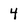
Character: 4